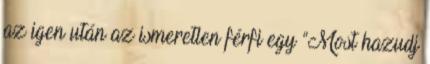
az igen után az ismeretlen férfi egy “Most hazudj